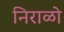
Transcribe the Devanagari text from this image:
निराळो